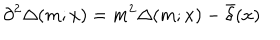
LaTeX: \partial ^ { 2 } \Delta ( m ; x ) = m ^ { 2 } \Delta ( m ; x ) - \bar { \delta } ( x )